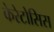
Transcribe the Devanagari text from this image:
केरेटोसिस